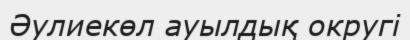
Әулиекөл ауылдық округі